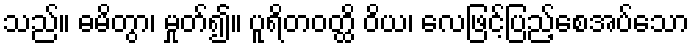
သည်။ ဓမိတွာ၊ မှုတ်၍။ ပူရိတဝတ္ထိ ဝိယ၊ လေဖြင့်ပြည့်စေအပ်သော